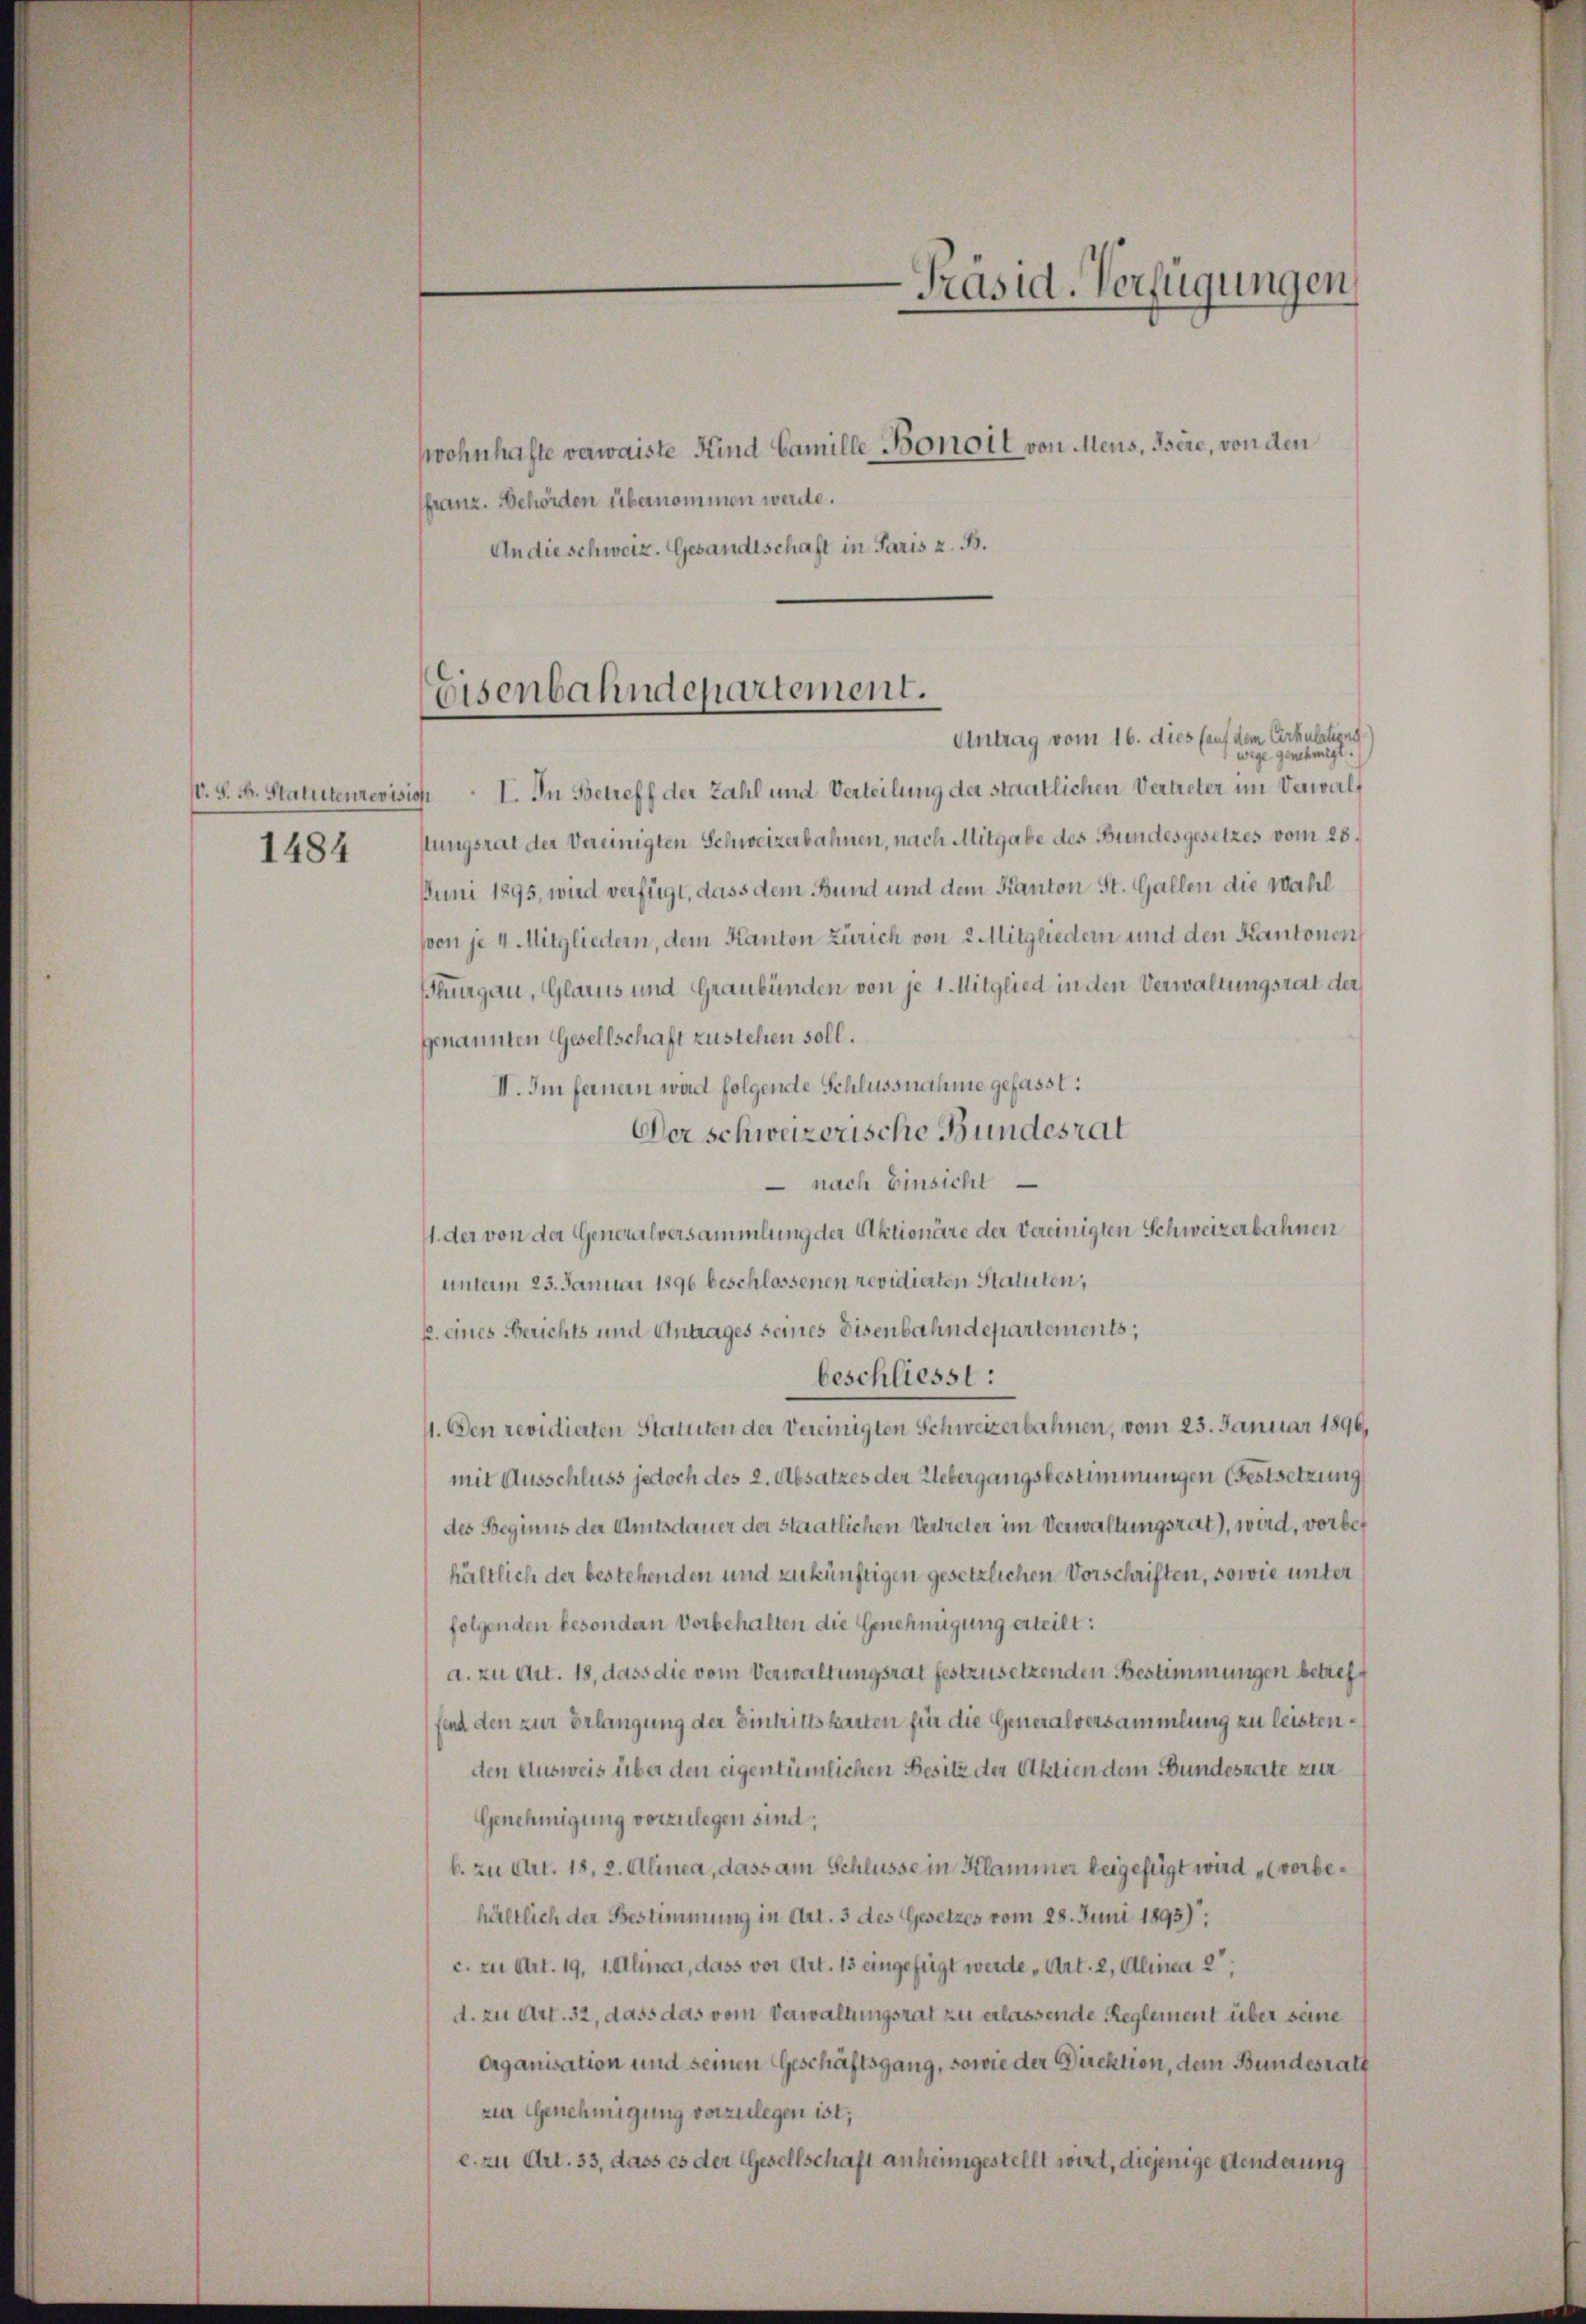
1484

wohnhafte verwaiste Kind Camille Bonoit von Mens, Isere, von den
franz. Behörden übernommen werde.
An die schweiz. Gesandtschaft in Paris z. B.

Antrag vom 16. dies (auf dem Cirkulations
wige genehmigt.
s. S. B. Statuteurevision I. In Betreff der Zahl und Verteilung der staatlichen Vertreter im Verwalt
stungsrat der Vereinigten Schweizerbahnen, nach Mitgabe des Bundesgesetzes vom 28.
Juni 1895, wird verfügt, dass dem Bund und dem Kanton St. Gallen die Wahl
soon je 4 Mitgliedern, dem Kanton Zürich von 2 Mitgliedern und den Kantonen
Thurgau, Glarus und Graubünden von je 1. Mitglied in den Verwaltungsrat der
genannten Gesellschaft zustehen soll.
II. Im ferner wird folgende Schlussnahme gefasst:
Der schweizerische Bundesrat
 nach Einsicht
11. der von der Generalversammlung der Aktionäre der Vereinigten Schweizerbahnen
unterm 23. Januar 1896 beschlossenen revidierten Statuten,
p. eines Berichts und Antrages seines Eisenbahndepartements,
beschliesst:
1. Den revidierten Statuten der Vereinigten Schweizerbahnen, vom 23. Januar 1896,
mit Ausschluss jedoch des 2. Absatzes der Uebergangsbestimmungen Festsetzung
des Beginns der Amtsdauer der staatlichen Vertreter im Verwaltungsrat), wird, vorbehältlich der bestehenden und zukünftigen gesetzlichen Vorschriften, sowie unter
folgenden besondern Vorbehalten die Genehmigung erteilt:
a. zu Art. 18, dass die vom Verwaltungsrat festzusetzenden Bestimmungen betreff
fend den zur Erlangung der Eintrittskarten für die Generalversammlung zu leistenden Ausweis über den eigentümlichen Besitz der Aktien dem Bundesrate zur
Genehmigung vorzulegen sind;
b. zu Art. 18, 2. Alinea, dass am Schlüsse in Klammer beigefügt wird vorbehältlich der Bestimmung in Art. 3 des Gesetzes vom 28. Juni 1895).
c. zu Art. 19, 1. Alinea, dass vor Art. 13 eingefügt werde, Art. 2, Alinea 2,
d. zu Art. 32, dass das vom Verwaltungsrat zu erlassende Reglement über seine
Organisation und seinen Geschäftsgang, sowie der Direktion, dem Bundesrath
zur Genehmigung vorzulegen ist;
c. zu Art. 33, dass es der Gesellschaft anheimgestellt wird, diejenige Aenderung

Präsid. Verfügungen

Eisenbahndepartement.